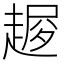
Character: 𧼜